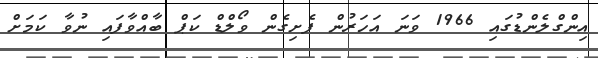
އިންގްލެންޑުގައި 1966 ވަނަ އަހަރުން ފެށިގެން ވޯލްޑް ކަޕް ބާއްވާފައި ނުވާ ކަމަށް